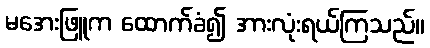
မအေးဖြူက ထောက်ခံ၍ အားလုံးရယ်ကြသည်။